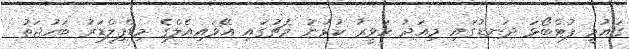
ގައުމީ ފުޓްބޯޅަ ދަނޑުގައި މިއަދު ހަވީރު ކުޅުނު މެޗުގައި އޭވައިއެލްގެ މިޑްފިލްޑަރު ބަހުޖަތު